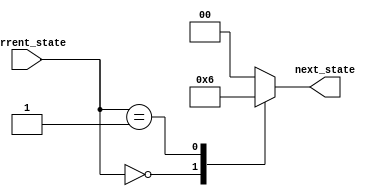
module state_encoding (
    input wire [1:0] current_state,
    output reg [1:0] next_state,
);

always @* begin
    case(current_state)
        2'b00: next_state = 2'b01; // State transition based on input signals
        2'b01: next_state = 2'b10;
        2'b10: next_state = 2'b00;
        default: next_state = 2'b00;
    endcase
end

endmodule